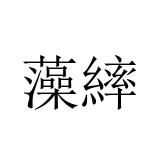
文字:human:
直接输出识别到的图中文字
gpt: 藻繂